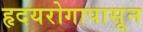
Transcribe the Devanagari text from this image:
हृदयरोगापासून